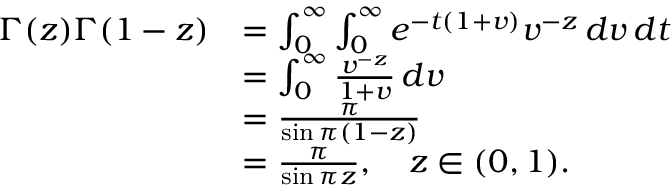
{ \begin{array} { r l } { \Gamma ( z ) \Gamma ( 1 - z ) } & { = \int _ { 0 } ^ { \infty } \int _ { 0 } ^ { \infty } e ^ { - t ( 1 + v ) } v ^ { - z } \, d v \, d t } \\ & { = \int _ { 0 } ^ { \infty } { \frac { v ^ { - z } } { 1 + v } } \, d v } \\ & { = { \frac { \pi } { \sin \pi ( 1 - z ) } } } \\ & { = { \frac { \pi } { \sin \pi z } } , \quad z \in ( 0 , 1 ) . } \end{array} }